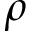
\rho